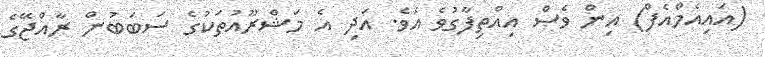
(އައިއެމްއެފް) އިން ވެސް އިއްތިފާގުވެ އެވެ. އަދި އެ މަޝްރޫއުތަކުގެ ސަބަބުން ރާއްޖޭގެ